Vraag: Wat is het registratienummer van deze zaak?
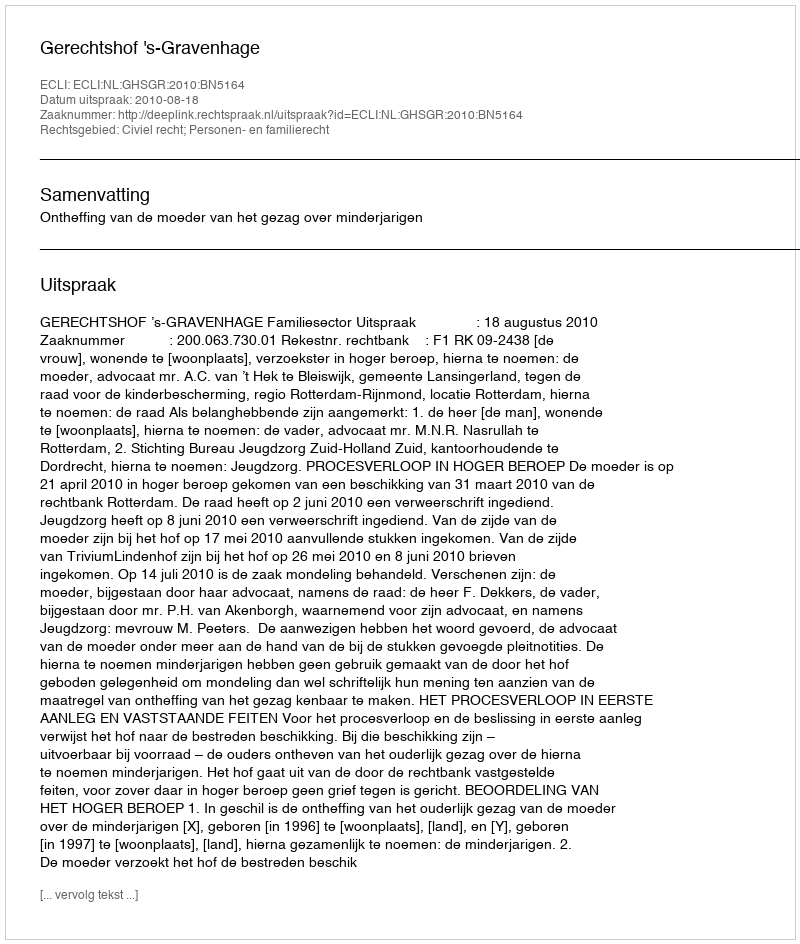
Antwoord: http://deeplink.rechtspraak.nl/uitspraak?id=ECLI:NL:GHSGR:2010:BN5164